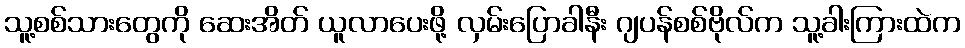
သူ့စစ်သားတွေကို ဆေးအိတ် ယူလာပေးဖို့ လှမ်းပြောခါနီး ဂျပန်စစ်ဗိုလ်က သူ့ခါးကြားထဲက